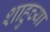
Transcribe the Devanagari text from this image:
शाहुच्या